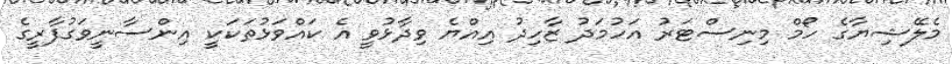
މެލޭޝިޔާގެ ހޯމް މިނިސްޓަރު އަހުމަދު ޒާހިދު އިއްޔެ ވިދާޅުވީ އެ ކައްވަޅުތަކަކީ އިންސާނީވަގުފާރީގެ